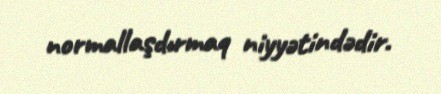
normallaşdırmaq niyyətindədir.